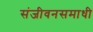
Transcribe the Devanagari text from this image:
संजीवनसमाधी